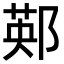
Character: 䣐